Civil Veterinary Department Bengal reports 1923-33 - 1923-1933
Year: 1923
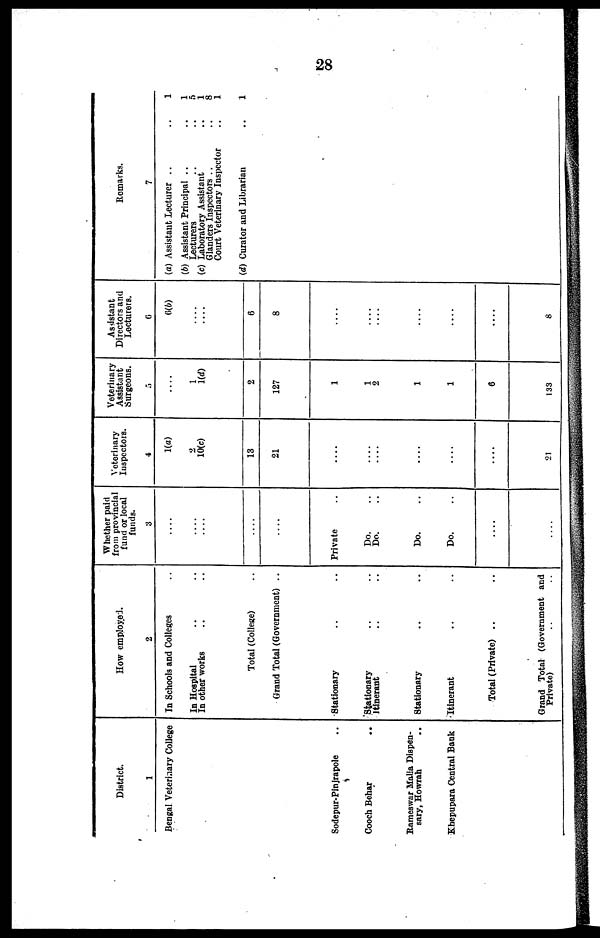
28
District.
1
Bengal Veterinary College
Sodepur-Pinjrapole ..
Cooch Behar
..
Rameswar Malia Dispen-
sary, Howrah ..
Khepupara Central Bank
How employed
2
In Schools and Colleges ..
In Hospital .. ..
In other works
Total (College) ..
Grand Total (Government) ..
Stationary .. ..
Stationary .. ..
Itinerant .. ..
Stationary .. ..
Itinerant .. ..
Total (Private) .. ..
Grand Total (Government and
Private) .. ..
Whether paid
from provincial
fund or local
funds.
3
....
....
....
....
....
Private ..
Do. ..
Do. ..
Do. ..
Do. ..
....
....
Veterinary
Inspections.
4
1(a)
2
10(c)
13
21
....
....
....
....
....
....
21
Veterinary
Assistant
Surgeons.
5
....
1
1(d)
2
127
1
1
2
1
1
6
133
Assistant
Directors and
Lecturers.
0
6(b)
....
....
6
8
....
....
....
....
....
....
8
Remarks.
7
(a) Assistant Lecturer .. ..
(b) Assistant Principal .. ..
Lecturers
(c) Laboratory Assistant ..
Glanders Inspectors .. ..
Court Veterinary Inspector ..
1
1
5
1
8
1